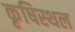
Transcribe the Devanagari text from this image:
कृषिस्थल